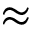
\approx